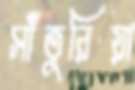
সাঁতুরিয়া